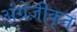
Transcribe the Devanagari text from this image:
अंग्रेज़ीकृत